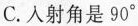
C.人射角是90^{\circ}